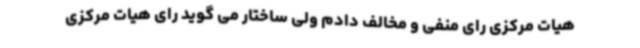
هیات مرکزی رای منفی و مخالف دادم ولی ساختار می گوید رای هیات مرکزی